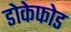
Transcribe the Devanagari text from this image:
डोकेफोड